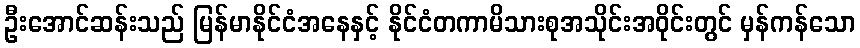
ဦးအောင်ဆန်းသည် မြန်မာနိုင်ငံအနေနှင့် နိုင်ငံတကာမိသားစုအသိုင်းအဝိုင်းတွင် မှန်ကန်သော